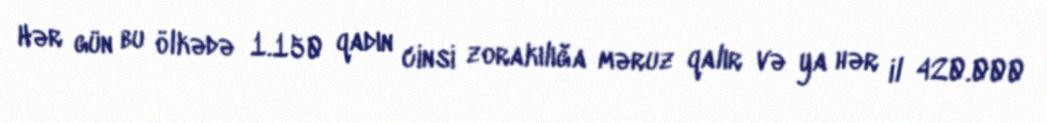
Hər gün bu ölkədə 1.150 qadın cinsi zorakılığa məruz qalır və ya hər il 420.000